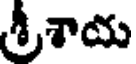
శ్రీశాయ